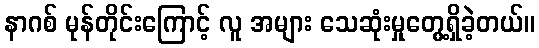
နာဂစ် မုန်တိုင်းကြောင့် လူ အများ သေဆုံးမှုတွေ့ရှိခဲ့တယ်။